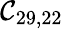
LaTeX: \mathcal{C}_{29,22}